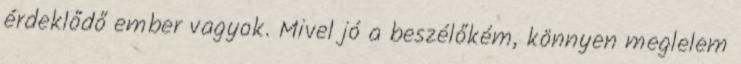
érdeklődő ember vagyok. Mivel jó a beszélőkém, könnyen meglelem